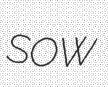
SOW